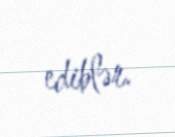
ediblər.